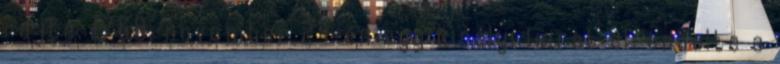
rajta. 1768. november 24-én egy királyi leirat elrendelte a